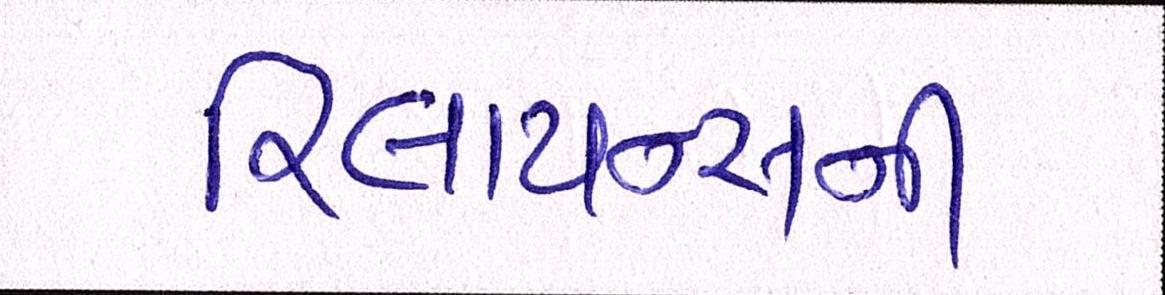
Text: રિલાયન્સની